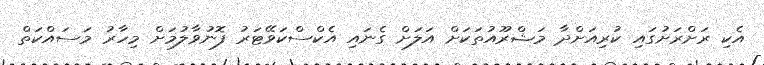
އެކި ރަށްރަށުގައި ކުރިއަށްދާ މަޝްރޫއުތަކަށް އަލަށް ގެނައި އެކްސްކަވޭޓަރު ފޮނުވާލުމަށް މިހާރު މަސައްކަތް